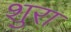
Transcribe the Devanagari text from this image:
शुरा